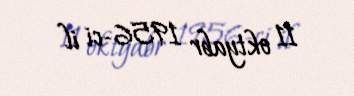
11 oktyabr 1956-ci il